Medical and sanitary report of the native army of Bengal for the year
Year: 1878
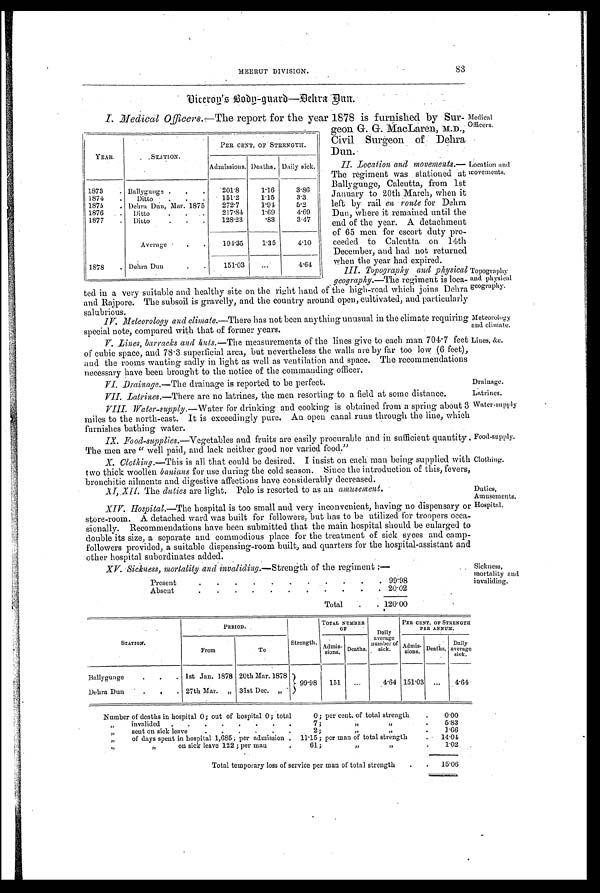
Medical
Officers.
Location and
movements.
Topography
and physical
geography.
Meteorology
and climate.
Lines, &c.
Drainage.
Latrines.
Water-supply
Food-supply.
Clothing.
Duties,
Amusements.
Hospital.
83
MEERUT DIVISION.
Dicerod's Body-guard—Dehra Dun.
I. Medical Officers. —The report for the year 1878 is furnished by Sur-
geon G. G. MacLaren, M.D.,
Civil Surgeon of; Dehra
Dun.
II. Location and movements.—
The regiment was stationed at
Ballygunge, Calcutta, from 1st
January to 20th March, when it
left by rail en route for Dehra
Dun, where it remained until the
end of the year. A detachment
of 65 men for escort duty pro-
ceeded to Calcutta on 14th
December, and had not returned
when the year had expired.
III.
Topography and physical
geography.—The regiment is loca-
ted. in a very suitable and healthy site on the right hand of the high-road which joins Debra
and Rajpore. The subsoil is gravelly, and the country around open, cultivated, and particularly
salubrious.
IV. Meteorology and climate. —There has not been anything unusual in the climate requiring
special note, compared with that of former years.
V. Lines, barracks and huts. —The measurements of the lines give to each man 704.7 feet
of cubic space, and 78.3. superficial area, but nevertheless the walls are by far too low (6 feet),
and the rooms wanting sadly in light as well as ventilation and space. The recommendations
necessary have been brought to the notice of the commanding officer.
VI. Drainage.—The drainage is reported to be perfect.
VII. Latrines.—There are no latrines, the men resorting to a field at some distance.
VIII. Water-supply.—Water for drinking and cooking is obtained from a spring about 3
miles to the north-east. It is exceedingly pure. An open canal runs through the line, which
furnishes bathing water.
IX.
Food-supplies.—Vegetables and fruits are easily procurable and in sufficient quantity
The men are " well paid, and lack neither good nor varied food."
X. Clothing.—This is all that could be desired. I insist on each man being supplied with
two thick woollen banians for use during the cold season. Since the introduction of this, fevers;
bronchitic ailments and digestive affections have considerably decreased.
X I , X I I .
T h e
d u t i e s
a r e l i g h t . P o l o i s r e s o r t e d t o a s a na
m u s e m e n t .
XIV.
Hospital.—The hospital is too small and very inconvenient, having no dispensary or
store-room. A detached ward was built for followers, but has to be utilized for troopers occa-
sionally. Recommendations have been submitted that the main hospital should be enlarged to
double its size, a separate and commodious place for the treatment of sick syces and camp-
followers provided, a suitable dispensing-room built, and quarters for the hospital-assistant and
other hospital subordinates added.
XV. Sickness, mortality and invaliding.—Strength of the regiment :—
Present. .
. . . . . .
. 99.98
Absent.
.
. . . . . . .
. 20.02
Total .
. 120.00
YEAR.
STATION.
PER CENT. OF STRENGTH.
Admissions. Deaths. Daily sick.
1873
. Ballygunge . . .
201.8
1.16
3.86
1874 . Ditto . . . .151.2
1.15
3.3
1875
. Debra Dun, Mar.1875
272.7
1.94
5.2
1876
Ditto
. . ..
217.84
1.69
4.69
1877
. Ditto
. . .
128.23
.83
3.47
Average
. .
194.35
1.35
4.10
1878 . Dehra Dun
. .
151.03
...
4.64
Sickness,
mortality and invaliding.
STATION.
PERIOD.
Strength.
TOTAL NUMBER OF
Daily
average
number of
sick.
PER CENT. OF STRENGT
H PER ANNUM.
From
To
Admis- sions. Deaths.
Admi s-si ons. Deaths. Daily
a v e r a g e s i c k .
Ballygunge
. . . 1st Jan. 1878 20th Mar. 1878
99.98 151 ...
4.64 151.03 ... 4. 64
Debra Dun . . . .
27th Mar. „ 31st Dec. „
Number of deaths in hospital 0; out of hospital 0; total
0 ; per cent. of total strength
. 0.00
,,
invalided . . . . . . . .
7 ;
,,
, ,
.
5.83
,,
sent on sick leave
. . . . .
2;
,,
. 1.66
,,
of days spent in hospital 1,685; per admission . 11.15; per man of total strength
14.04
,,
, ,
o n s i c k l e a v e 1 2 2 ; p e r m a n
61;
,,
„
.
1.02
Total temporary loss of service per man of total strength
. . 15.06